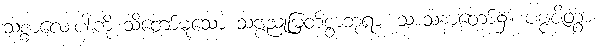
သစ္စာလေးပါးကို သိတော်မူသော သဗ္ဗညုမြတ်စွာဘုရား သာသနာတော်၌။ ပဗ္ဗဇိတွာ၊